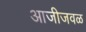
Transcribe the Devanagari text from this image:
आजीजवळ